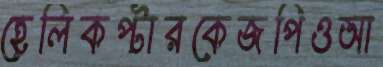
হেলিকপ্টারকেজপিওআ